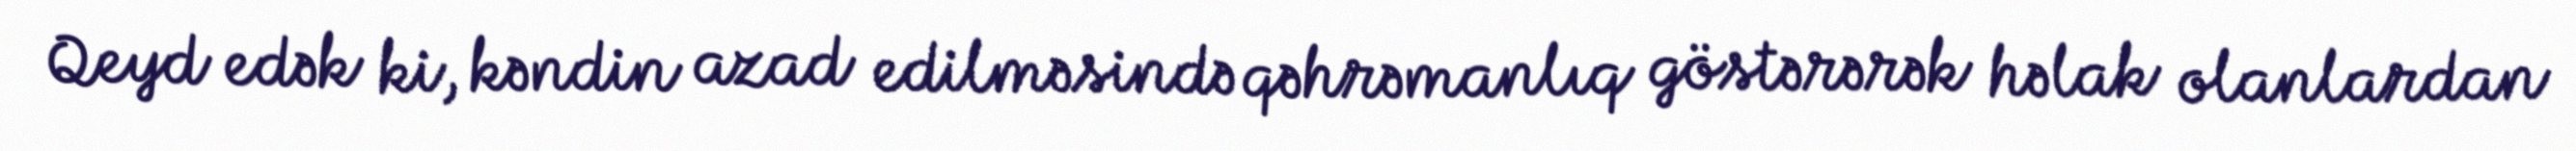
Qeyd edək ki, kəndin azad edilməsində qəhrəmanlıq göstərərək həlak olanlardan